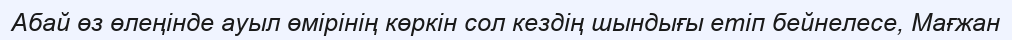
Абай өз өлеңінде ауыл өмірінің көркін сол кездің шындығы етіп бейнелесе, Мағжан